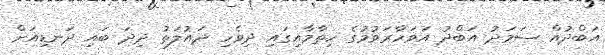
އަބްދުއް ސަމަދު އަބްދު އަވަހާރަވުމުގެ ހިތާމާއިގައި ދިވެހި ދައުލަތު ދިދަ ބައި ދަނޑިއަށް